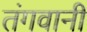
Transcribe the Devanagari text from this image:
तंगवानी